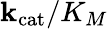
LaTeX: \mathbf{k}_{\mathrm{{cat}}}/K_{M}